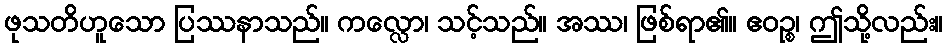
ဖုသတိဟူသော ပြဿနာသည်။ ကလ္လော၊ သင့်သည်။ အဿ၊ ဖြစ်ရာ၏။ ဧဝဉ္စ၊ ဤသို့လည်း။